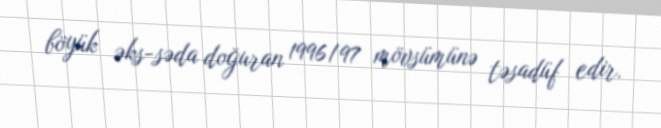
böyük əks-səda doğuran 1996/97 mövsümünə təsadüf edir.